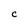
Character: c